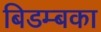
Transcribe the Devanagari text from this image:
बिडम्बका